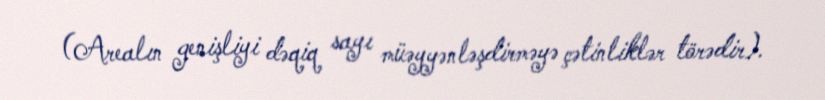
(Arealın genişliyi dəqiq sayı müəyyənləşdirməyə çətinliklər törədir).